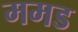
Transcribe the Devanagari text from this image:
ममड